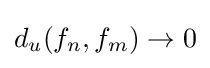
d_{u}(f_{n},f_{m})\to 0